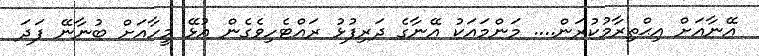
އޭނާއަށް އިޙްތިރާމުކުރަން.... މަންމައަކު އޭނާގެ ދަރިފުޅު ރައްޓެހިވެގެން އުޅޭ މީހާއަށް ބުނާނޭ ފަދަ